Jaan_Tonisson_(Lasteleht), lk 64
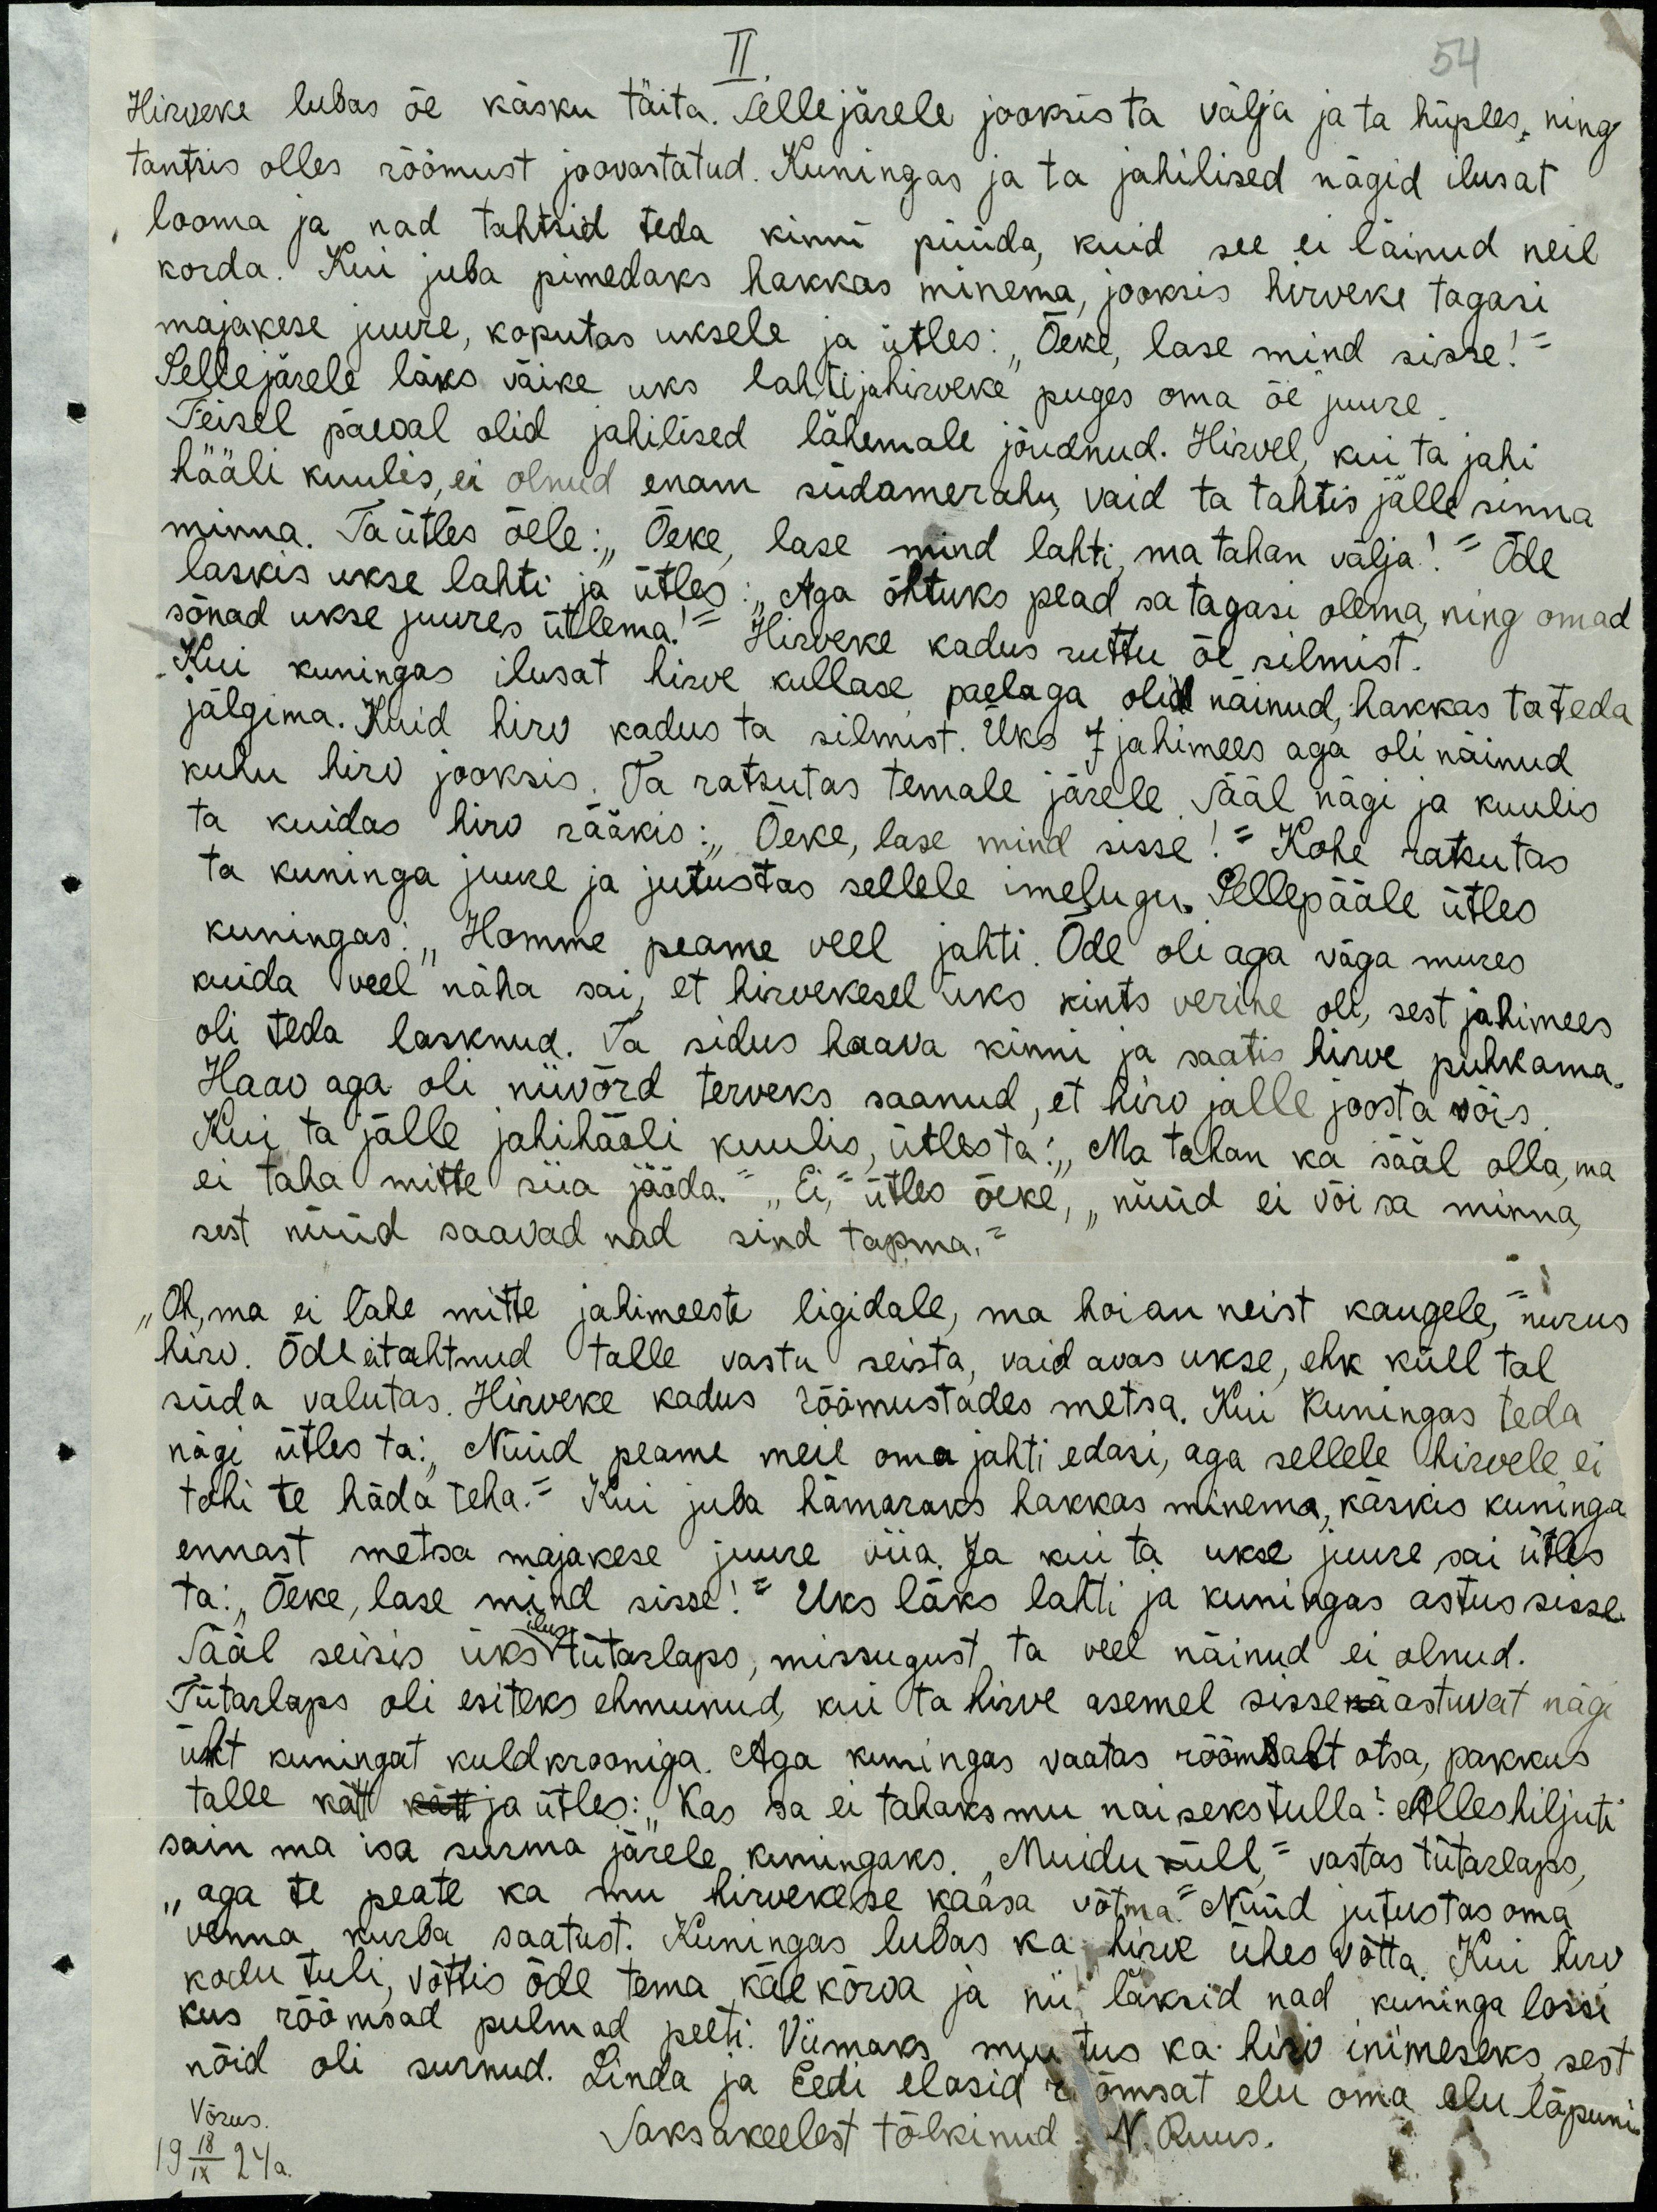
54
Hirveke lubas õe käsku täita. Sellejärele jooksis ta välja ja ta hüples ning
tantsis olles rõõmust joovastatud. Kuningas ja ta jahilised nägid ilusat
looma ja nad tahtsid teda kinni püüda, kuid see ei läinud neil
korda. Kui juba pimedaks hakkas minema, jooksis hirveke tagasi
majakese juure, koputas uksele ja ütles: "Õeke, lase mind sisse!
Sellejärele läks väike uks lahti ja hirveke puges oma õe juure.
Teisel päeval olid jahilised lähemale jõudnud. Hirvel, kui ta jahi
hääli kuulis, ei olnud enam südamerahu, vaid ta tahtis jälle sinna
minna. Ta ütles õele: "Õeke, lase mind lahti, ma tahan välja!" Õde
laskis ukse lahti ja ütles: "Aga õhtuks pead sa tagasi olema, ning omad
sõnad ukse juures ütlema!" Hirveke kadus ruttu õe silmist.
Kui kuningas ilusat hirve kullase paelaga oli näinud, hakkas ta teda
jälgima. Kuid hirv kadus ta silmist. Üks jahimees aga oli näinud
kuhu hirv jooksis. Ta ratsutas temale järele. Sääl nagi ja kuulis
ta kuidas hirv rääkis: "Õeke, lase mind sisse!" Kohe ratsutas
ta kuninga juure ja jutustas sellele imelugu. Sellepääle ütles
kuningas: "Homme peame veel jahti. Õde oli aga väga mures 
kuida veel näha sai, et hirvekesel üks kints verine oli, sest jahimees
oli teda lasknud. Ta sidus haava kinni ja saatis hirve puhkama.
Haav aga oli niivõrd terveks saanud, et hirv jälle joosta võis.
Kui ta jälle jahihääli kuulis, ütles ta: "Ma tahan ka sääl olla, ma
ei taha mitte siia jääda". "Ei," ütles õeke, "nüüd ei või sa minna,
sest nüüd saavad nad sind tapma."
"Oh, ma ei lähe mitte jahimeeste ligidale, ma hoian neist kaugele," nurus
hirv. Õde ei tahtnud talle vastu seista, vaid avas ukse, ehk küll tal
süda valutas. Hirveke kadus rõõmustades metsa. Kui kuningas teda
nägi ütles ta: " Nüüd peame meie oma jahti edasi, aga sellele hirvele ei
tohi te häda teha." Kui juba hämaraks hakkas minema, käskis kuninga
ennast metsa majakese juurde viia ja kui ta ukse juurde sai ütles 
ta: "õeke, lase mind sisse!" Uks läks lahti ja kuningas astus sisse.
Sääl seisis üks ilus tütarlaps, missugust ta veel näinud ei olnud.
Tütarlaps oli esiteks ehmunud, kui ta hirve asemel sisse nä astuvat nägi
üht kuningat kuldkrooniga. Aga kuningas vaatas rõõmsalt otsa, pakkus
talle kätt kätt ja ütles: "Kas sa ei tahaks mu naiseks tulla? Alles hiljuti
sain ma isa surma järele kuningaks. "Muidu küll" vastas tütarlaps,
"aga te peate ka mu hirvekese kaasa võtma." Nüüd jutustas oma 
venna kurba saatust. Kuiningas lubas ka hirve ühes võtta. Kui hirv
kodu tuli, võttis õde tema käe kõrva ja nii läksid nad kuninga lossi
kus rõõmsad pulmad peeti. Viimaks muutus ka hirv inimeseks sest
nõid oli surnud. Linda ja Eedi elasid rõmsat elu oma elu lõpuni.
Võrus
Saksakeelest tõlkinud N. Ruus